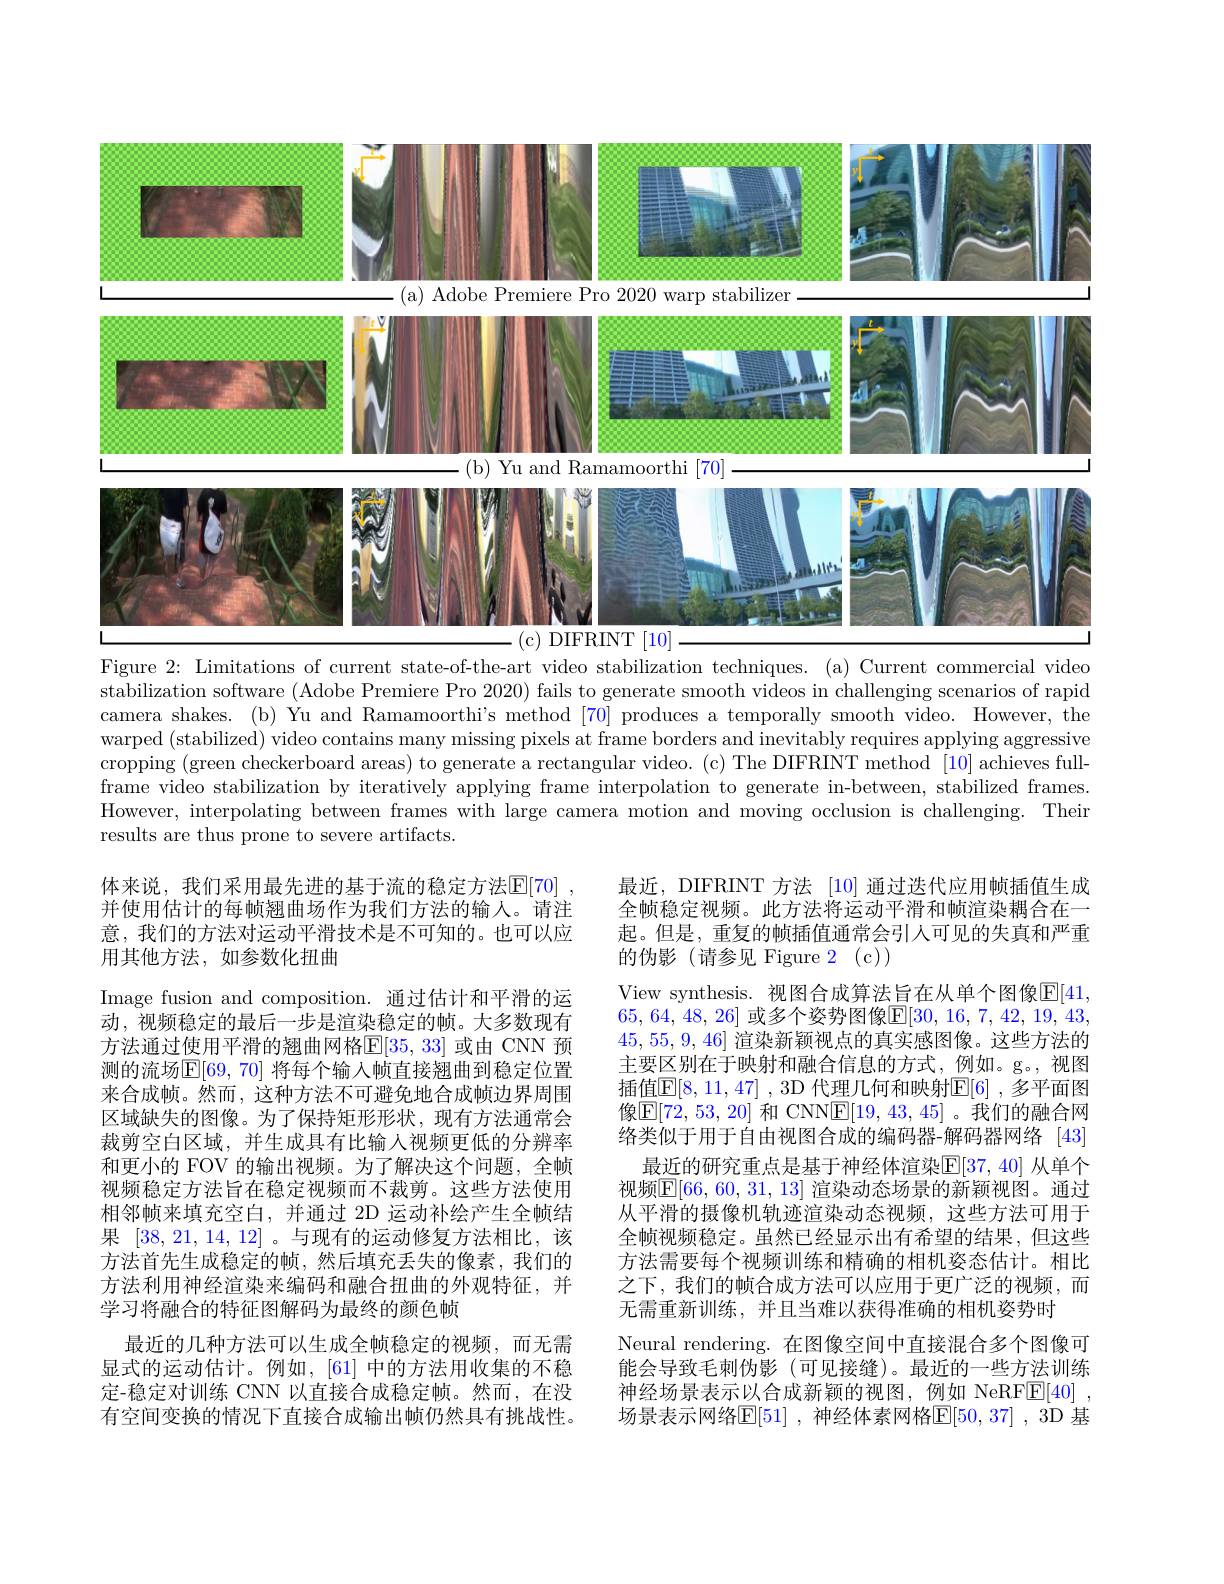
<FigureHere>

Figure 2: Limitations of current state-of-the-art video stabilization techniques. (a) Current commercial video stabilization software (Adobe Premiere Pro 2020) fails to generate smooth videos in challenging scenarios of rapid camera shakes. (b) Yu and Ramamoorthi's method [70] produces a temporally smooth video. However, the warped (stabilized) video contains many missing pixels at frame borders and inevitably requires applying aggressive cropping (green checkerboard areas) to generate a rectangular video. (c) The DIFRINT method [10] achieves fullframe video stabilization by iteratively applying frame interpolation to generate in-between, stabilized frames. However, interpolating between frames with large camera motion and moving occlusion is challenging. Their results are thus prone to severe artifacts.

体来说，我们采用最先进的基于流的稳定方法$\mathbb{E}[\color{red}{70}]$ 并使用估计的每帧翘曲场作为我们方法的输人。请注意，我们的方法对运动平滑技术是不可知的。也可以应用其他方法，如参数化扭曲
Image fusion and composition. 通过估计和平滑的运动，视频稳定的最后一步是渲染稳定的帧。大多数现有方法通过使用平滑的翘曲网格$\mathbb{E}[35,33]$ 或由 CNN 预测的流场$\mathbb{E}[69,70]$ 将每个输入帧直接翘曲到稳定位置来合成帧。然而，这种方法不可避免地合成帧边界周围区域缺失的图像。为了保持矩形形状，现有方法通常会裁剪空白区域，并生成具有比输入视频更低的分辨率和更小的 FOV 的输出视频。为了解决这个问题，全帧视频稳定方法旨在稳定视频而不裁剪。这些方法使用相邻帧来填充空白，并通过 2D 运动补绘产生全帧结果[38,21,14,12] 。与现有的运动修复方法相比，该方法首先生成稳定的帧，然后填充丢失的像素，我们的方法利用神经渲染来编码和融合扭曲的外观特征，并学习将融合的特征图解码为最终的颜色帧
最近的几种方法可以生成全帧稳定的视频，而无需显式的运动估计。例如，[61] 中的方法用收集的不稳定-稳定对训练 CNN 以直接合成稳定帧。然而，在没有空间变换的情况下直接合成输出帧仍然具有挑战性。

最近，DIFRINT 方法 [10] 通过迭代应用帧插值生成全帧稳定视频。此方法将运动平滑和帧渲染耦合在一起。但是，重复的帧插值通常会引人可见的失真和严重的伪影(请参见 Figure 2(c))
View synthesis. 视图合成算法旨在从单个图像$\mathbb{E}[41]$ 65, 64, 48, 26] 或多个姿势图像$\underline {\mathrm{E} }[ 30$, 16, 7, 42, 19, 43, 45,55,9,46]渲染新颖视点的真实感图像。这些方法的主要区别在于映射和融合信息的方式，例如。g。,视图插值$\mathbb{E}[8,11,47]$ ,3D 代理几何和映射$\mathbb{E}[6]$ ,多平面图像$\mathbb{E}[72,53,20]$ 和 CNN$\mathbb{E}[19,43,45]$ 。我们的融合网络类似于用于自由视图合成的编码器-解码器网络[43]
最近的研究重点是基于神经体渲染$\mathbb{E}[37,40]$ 从单个视频$\boxed{\mathrm{E}}[66,60,31,13]$ 渲染动态场景的新颖视图。通过从平滑的摄像机轨迹渲染动态视频，这些方法可用于全帧视频稳定。虽然已经显示出有希望的结果，但这些方法需要每个视频训练和精确的相机姿态估计。相比之下，我们的帧合成方法可以应用于更广泛的视频，而无需重新训练，并且当难以获得准确的相机姿势时
Neural rendering. 在图像空间中直接混合多个图像可能会导致毛刺伪影(可见接缝)。最近的一些方法训练神经场景表示以合成新颖的视图，例如 NeRFE[40] , 场景表示网络$\mathbb{E}[51]$ ,神经体素网格$\mathbb{E}[50,37]$ ,3D 基